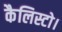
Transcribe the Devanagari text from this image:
कैलिस्टो।